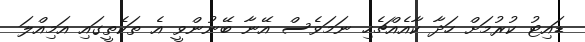
ޑައިޓު ކުުރުމަށް ހަދާ ކާއެއްޗެހި ނަމަވެސް އޭނާ ބޭނުންވީ އެ ތަކެތީގައި އަމިއްލަ